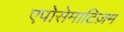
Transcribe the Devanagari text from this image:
एपोसेमाटिज़म